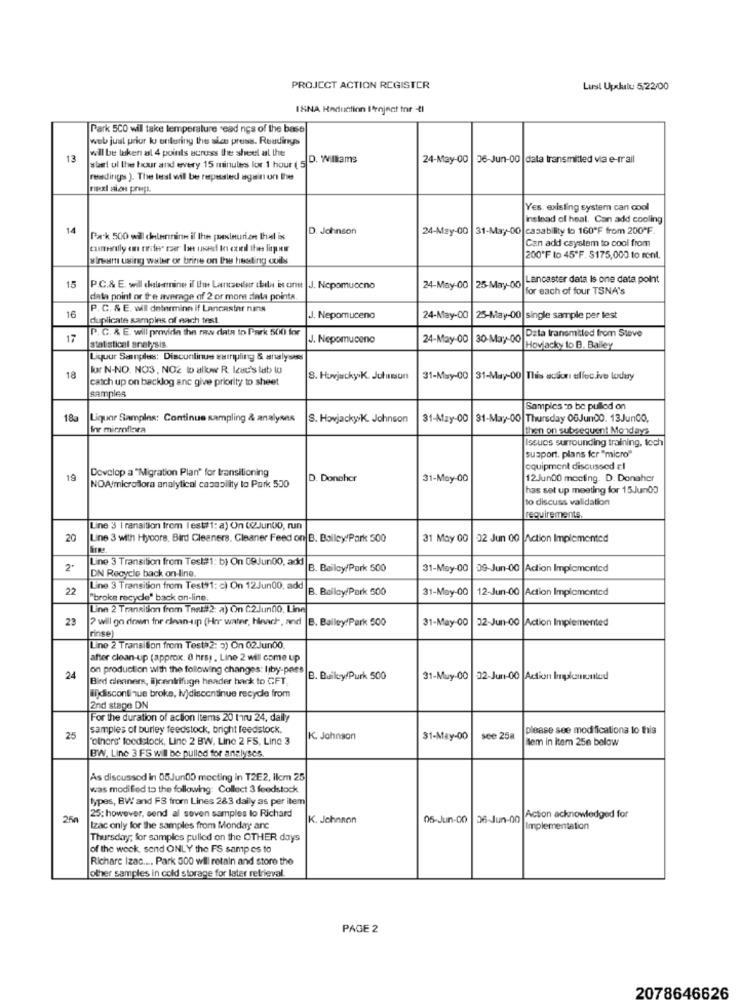
PROJECT ACTION REGISTER
Lust Upkulu 5/22/00
ISNA Haduction Irnjnat tor -4l
Park 5CO will take temperature read ncs of the base
web just prior ku entering the sice press. Readings
will be taken al 4 points across the sheerl al ther
13
start ul the hour and every 15 minutes lor 1 hour ( 5 D. Williams
24-May-00 36-Jun-00 |data transmitted via e-mail
[resesdirigss ). The best will be respected again on Iher
Yes. existing system can cool
Instead of heal. Can add cooling
14
D. Johnson
24-May-00 |31-May-00|casability to 160ºF from 200ªF.
Pack 500 will determine if the pesleuri.on thel is
Can add csystem to cool from
winsum using waler of brine on thu hosting coils
200*F to 45"F. S175,000 to rent.
Lancaster data Is one data point
15
P.C.& E. will chaberine il this Lanceder this is one |J. Nepomuceno
24-May-00
25-May-00
for each of four TSNA's
data point or fre average of 2 or more diala pointe
P. C. & E. will determine if Lancaster nans
16
duplicate samples of each test
J. Nepomuceno
24-May-CO
25-May-00|single sample per test
P. C. & E. will provide the raw data to Park 50) for
Data transmitted from Stove
17
J. Nepomuceno
24-May-00 |30-May-00
statistical analysis.
Howjacky to B. Bailey
Liquur Saunples: Discontinue estripling & analysiss
for N-NO. NO3, NO2 to allow R. Icac's lab to
18
catch up on backlog anc give priority to sheet
8. Howjacky K. Jutunssun
31-May-00 |31-May-00 This acion ellec.ive loduy
samples
Samples co be pulled on
18a
Liquor Samples: Continue sampling & analyses
S. Hovjacky/K. Johnson
31-May-00 |31-May-00|Thursday 06Jun00. 13JunCO,
Inr mirmflgra
then on subsequent Mondays
Issues surrounding training, tech
susport. plans fer "micro"
Develop a "Migration Plan" for transitioning
equipment discussed el
19
D. Donchor
31-May-00
12.Jun00 mociing. D. Donaher
NOA/microflora analytical casapilty lo Park 550
has set up meeting for 15Jun03
to discuss validation
requirements.
Une 3 I ransition from l'est#1: a) On (@JunUD, run
20
Line 3 with Hycore, Bird Cleaners. Cleaner Feed on B. Bailey'Park 500
31 May 00
02 Jun 00 Action Implemented
Line 3 Transition from Test#1: b) On 09Jun00, add
2'
DN Recycle back on -line.
B. Bailoy/Park 500
31-May-00 |09-Jun-00
Action Implemented
22
Line 3 Transition from Test91: c) On 12Jun00, add
B. Bailey/Park 500
31-May-00
12-Jun-00
Action Implemented
"broke recycle" back on-line.
Line 2 Transition from Tast#2: a) On C2.Jundo, Line
23
? will go down for clean-up (Her water, Hlnach, and |B. Bailey/Park 500
31-May-00
02-Jun-00 Action Implemented
rinse)
[Une 2 Transition from Test 2: 3) On 02Jun00.
after clean-up (approx. 0 hrs) . Line 2 will come up
on production with the following changes: liby-pass
24
Bird cleaners, ijcentrifuge header back to GFT,
B. Buiky Purk 500
31-Muy-00
32-Jun-00 Action Implemented
@idiscontinue broke, Iv)discontinue recycle from
2nd stage DN
For the duration of action items 20 thru 24, daily
samples of burley feedstock, bright feedstock.
please see modifications to this
25
"others' foodstock, Line 2 BW, Line 2 FS, Line 3
K. Johnson
$1-May-00
see 258
ilem in Item 25e below
BW. Line 3 FS will be pulled for analyses
As discussed in 05JunDO meeting in T2E2, ilcm 25
was modified to the following: Collect 3 feedstock
Spas, BW and FS from Lines 2&3 daily as per item
250
25; however, send al seven samples lo Richard
K. Johnson
05-Jun-00
36-Jun-00
Action acknowledged for
Izac only for the samples from Monday anc
Implementation
Thursday; for samples pulled on the OTHER days
of the week, send ONLY the FS samp es to
Richare Izac .... Park 500 wil retain and store the
other samples in cold storage for later retrieval.
PAGE 2
2078646626